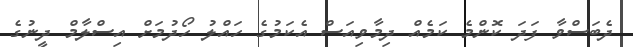
ދެބަސްވާ ފަދަ ކޮންމެ ކަމެއް ދިމާވިއަސް އެކަމުގެ ހައްލު ހޯދުމަށް އިސްލާމް ދީނުގެ